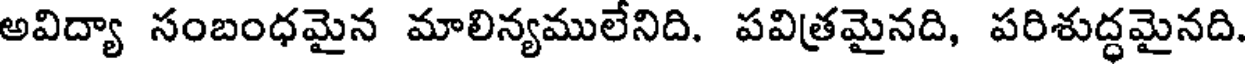
అవిద్యా సంబంధమైన మాలిన్యములేనిది. పవిత్రమైనది, పరిశుద్ధమైనది.